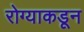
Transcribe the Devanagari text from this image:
रोग्याकडून